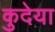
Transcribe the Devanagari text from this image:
कुदेया